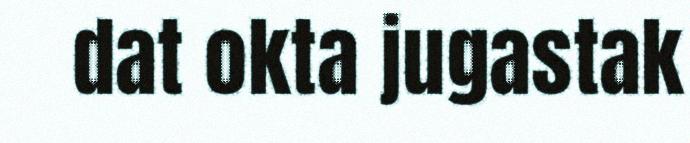
dat okta jugastak